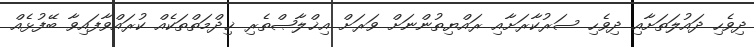
ދިވެހި ދައުލަތަށާއި ދިވެހި ސަރުކާރަށާއި ރައްޔިތުންނަށް ވަރަށް އިޚްލާޞްތެރި ޚިދްމަތްތަކެއް ކުރައްވާފައިވާ ބޭފުޅެއް